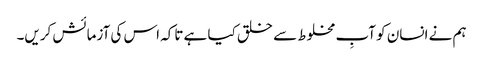
ہم نے انسان کو آبِ مخلوط سے خلق کیا ہے تاکہ اس کی آزمائش کریں۔